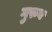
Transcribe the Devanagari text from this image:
गुरुव